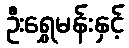
ဦးရွှေမန်းနှင့်